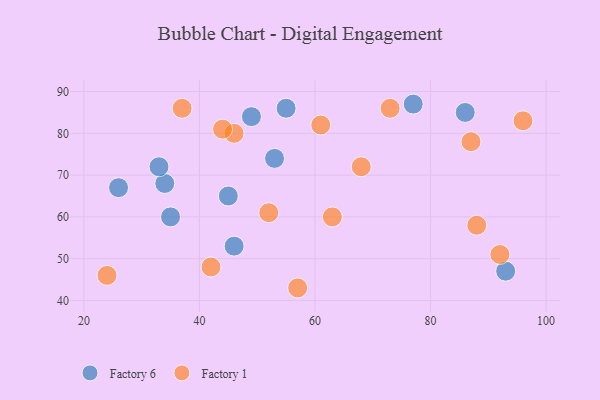
{"axis": {"x": "GDP", "y": "Life Expectancy"}, "legend": ["Factory 1", "Factory 6"], "data": [{"x": "34", "y": 68, "type": "Factory 6"}, {"x": "45", "y": 65, "type": "Factory 6"}, {"x": "77", "y": 87, "type": "Factory 6"}, {"x": "26", "y": 67, "type": "Factory 6"}, {"x": "46", "y": 53, "type": "Factory 6"}, {"x": "53", "y": 74, "type": "Factory 6"}, {"x": "33", "y": 72, "type": "Factory 6"}, {"x": "93", "y": 47, "type": "Factory 6"}, {"x": "35", "y": 60, "type": "Factory 6"}, {"x": "86", "y": 85, "type": "Factory 6"}, {"x": "49", "y": 84, "type": "Factory 6"}, {"x": "55", "y": 86, "type": "Factory 6"}, {"x": "42", "y": 48, "type": "Factory 1"}, {"x": "24", "y": 46, "type": "Factory 1"}, {"x": "68", "y": 72, "type": "Factory 1"}, {"x": "52", "y": 61, "type": "Factory 1"}, {"x": "46", "y": 80, "type": "Factory 1"}, {"x": "73", "y": 86, "type": "Factory 1"}, {"x": "92", "y": 51, "type": "Factory 1"}, {"x": "57", "y": 43, "type": "Factory 1"}, {"x": "63", "y": 60, "type": "Factory 1"}, {"x": "87", "y": 78, "type": "Factory 1"}, {"x": "37", "y": 86, "type": "Factory 1"}, {"x": "44", "y": 81, "type": "Factory 1"}, {"x": "61", "y": 82, "type": "Factory 1"}, {"x": "96", "y": 83, "type": "Factory 1"}, {"x": "88", "y": 58, "type": "Factory 1"}]}